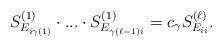
LaTeX: \begin{align*}S^{(1)}_{E_{i\gamma(1)}} \cdot ... \cdot S^{(1)}_{E_{\gamma(\ell - 1)i}} = c_{\gamma} S^{(\ell)}_{E_{ii}}.\end{align*}